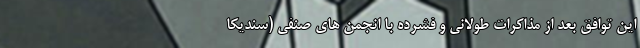
این توافق بعد از مذاکرات طولانی و فشرده با انجمن های صنفی (سندیکا